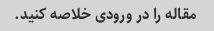
مقاله را در ورودی خلاصه کنید.